Papers set at the Examination for Leaving Certificates, 1891
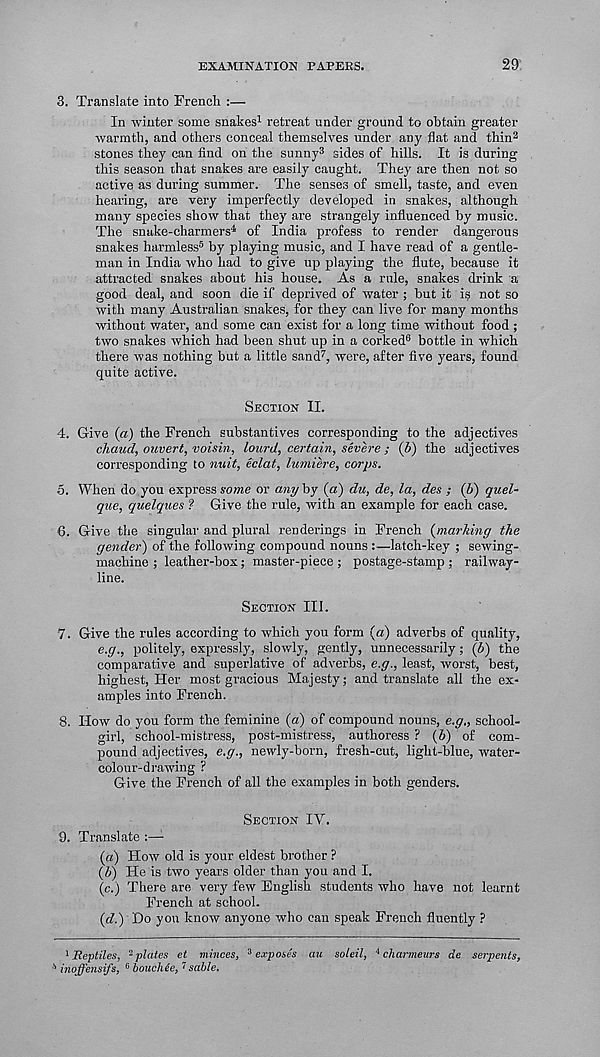
EXAMINATION PAPERS.
29
3. Translate into French :—
In winter some snakes 1 retreat under ground to obtain greater
warmth, and others conceal themselves under any flat and thin 2
stones they can find on the sunny 3 sides of hills. It is during
this season that snakes are easily caught. They are then not so
active as during summer. The senses of smell, taste, and even
hearing, are very imperfectly developed in snakes, although
many species show that they are strangely influenced by music.
The snake-charmers 4 of India profess to render dangerous
snakes harmless 5 by playing music, and I have read of a gentle-
man in India who had to give up playing the flute, because it
attracted snakes about his house. As a rule, snakes drink a
good deal, and soon die if deprived of water ; but it is not so
with many Australian snakes, for they can live for many months
without water, and some can exist for a long time without food ;
two snakes which had been shut up in a corked 6 bottle in which
there was nothing but a little sand 7 , were, after five years, found
quite active.
SECTION II.
4. Give {a) the French substantives corresponding to the adjectives
chaud, ouvert, voisin, lourd, certain, severe; (jb) the adjectives
corresponding to nuit, eclat, lumiere, corps.
5. When do you express some or any by (a) du, de, la, des ; (b) quel-
que, quelques 1 Give the rule, with an example for each case.
6. Give the singular and plural renderings in French {marking the
gender) of the following compound nouns :—latch-key ; sewing-
machine ; leather-box; master-piece ; postage-stamp ; railway-
line.
SECTION III.
7. Give the rules according to which you form {a) adverbs of quality,
e.g., politely, expressly, slowly, gently, unnecessarily; {b) the
comparative and superlative of adverbs, e.g., least, worst, best,
highest, Her most gracious Majesty; and translate all the ex-
amples into French.
8. How do you form the feminine (a) of compound nouns, e.g., school-
girl, school-mistress, post-mistress, authoress ? (6) of com-
pound adjectives, e.g., newly-born, fresh-cut, light-blue, water-
colour-d rawing ?
Give the French of all the examples in both genders.
SECTION IV.
9. Translate :—-
{a) How old is your eldest brother ?
{b) He is two years older than you and I.
(c.) There are very few English students who have not learnt
French at school.
{d.) Do you know anyone who can speak French fluently ?
1 Reptiles, -plates et minces, 3 exposes att soleil, * charmeurs de serpents,
s inoffensifs,
G bouchee, i sable.